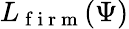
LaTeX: L_{\mathrm{~f~i~r~m~}}(\Psi)